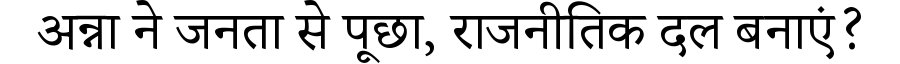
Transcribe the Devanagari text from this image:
अन्ना ने जनता से पूछा, राजनीतिक दल बनाएं?